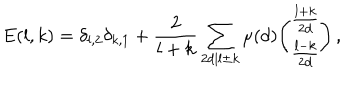
E ( l , k ) = \delta _ { l , 2 } \delta _ { k , 1 } + \frac { 2 } { l + k } \sum _ { 2 d | l \pm k } \mu ( d ) { \binom { \frac { l + k } { 2 d } } { \frac { l - k } { 2 d } } } \, ,